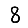
Digit: 8